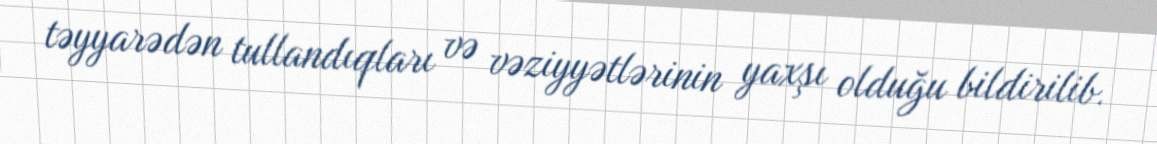
təyyarədən tullandıqları və vəziyyətlərinin yaxşı olduğu bildirilib.